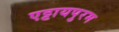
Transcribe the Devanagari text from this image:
एट्टायपुरम